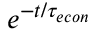
e ^ { - t / { \tau _ { e c o n } } }